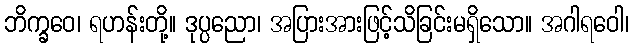
ဘိက္ခဝေ၊ ရဟန်းတို့။ ဒုပ္ပညော၊ အပြားအားဖြင့်သိခြင်းမရှိသော။ အဂါရဝေါ၊